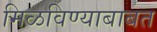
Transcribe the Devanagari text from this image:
मिळविण्याबाबत